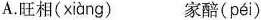
A.旺相( xiàng ) 家醅( péi )